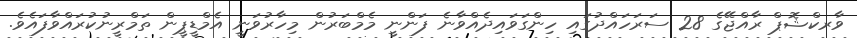
ވާރކްޝޮޕް ރާއްޖޭގެ 28 ސަރަހައްދުގައި ހިންގަވައިދެއްވާނެ ފަންނީ މެމްބަރުން މިހާރުވަނީ އެމްޑީޕީން ތަމްރީނުކުރައްވާފައެވެ.